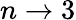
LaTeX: n\rightarrow 3